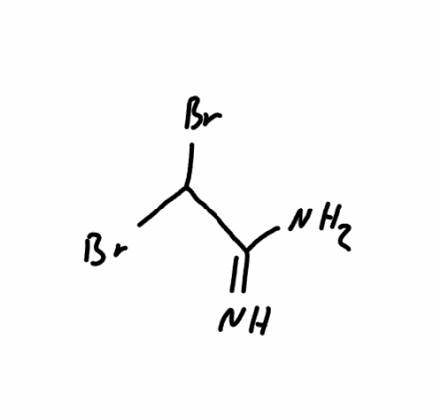
Simplified molecular-input line-entry system (SMILES) notation of the given molecule:
C(C(=N)N)(Br)Br